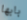
بابها